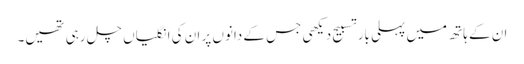
ان کے ہاتھ میں پہلی بار تسبیح دیکھی جس کے دانوں پر ان کی انگلیاں چل رہی تھیں۔